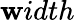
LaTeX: \mathbf{w}idth